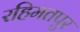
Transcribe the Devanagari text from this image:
रहिमतपुर